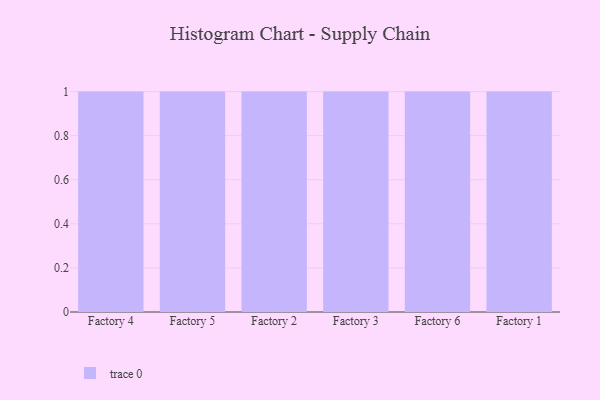
{"axis": {"x": "Factory", "y": "Operating Costs (USD K)"}, "legend": [""], "data": [{"x": "Factory 4", "y": 45, "type": ""}, {"x": "Factory 5", "y": 83, "type": ""}, {"x": "Factory 2", "y": 96, "type": ""}, {"x": "Factory 3", "y": 98, "type": ""}, {"x": "Factory 6", "y": 93, "type": ""}, {"x": "Factory 1", "y": 9, "type": ""}]}